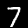
Digit: 7